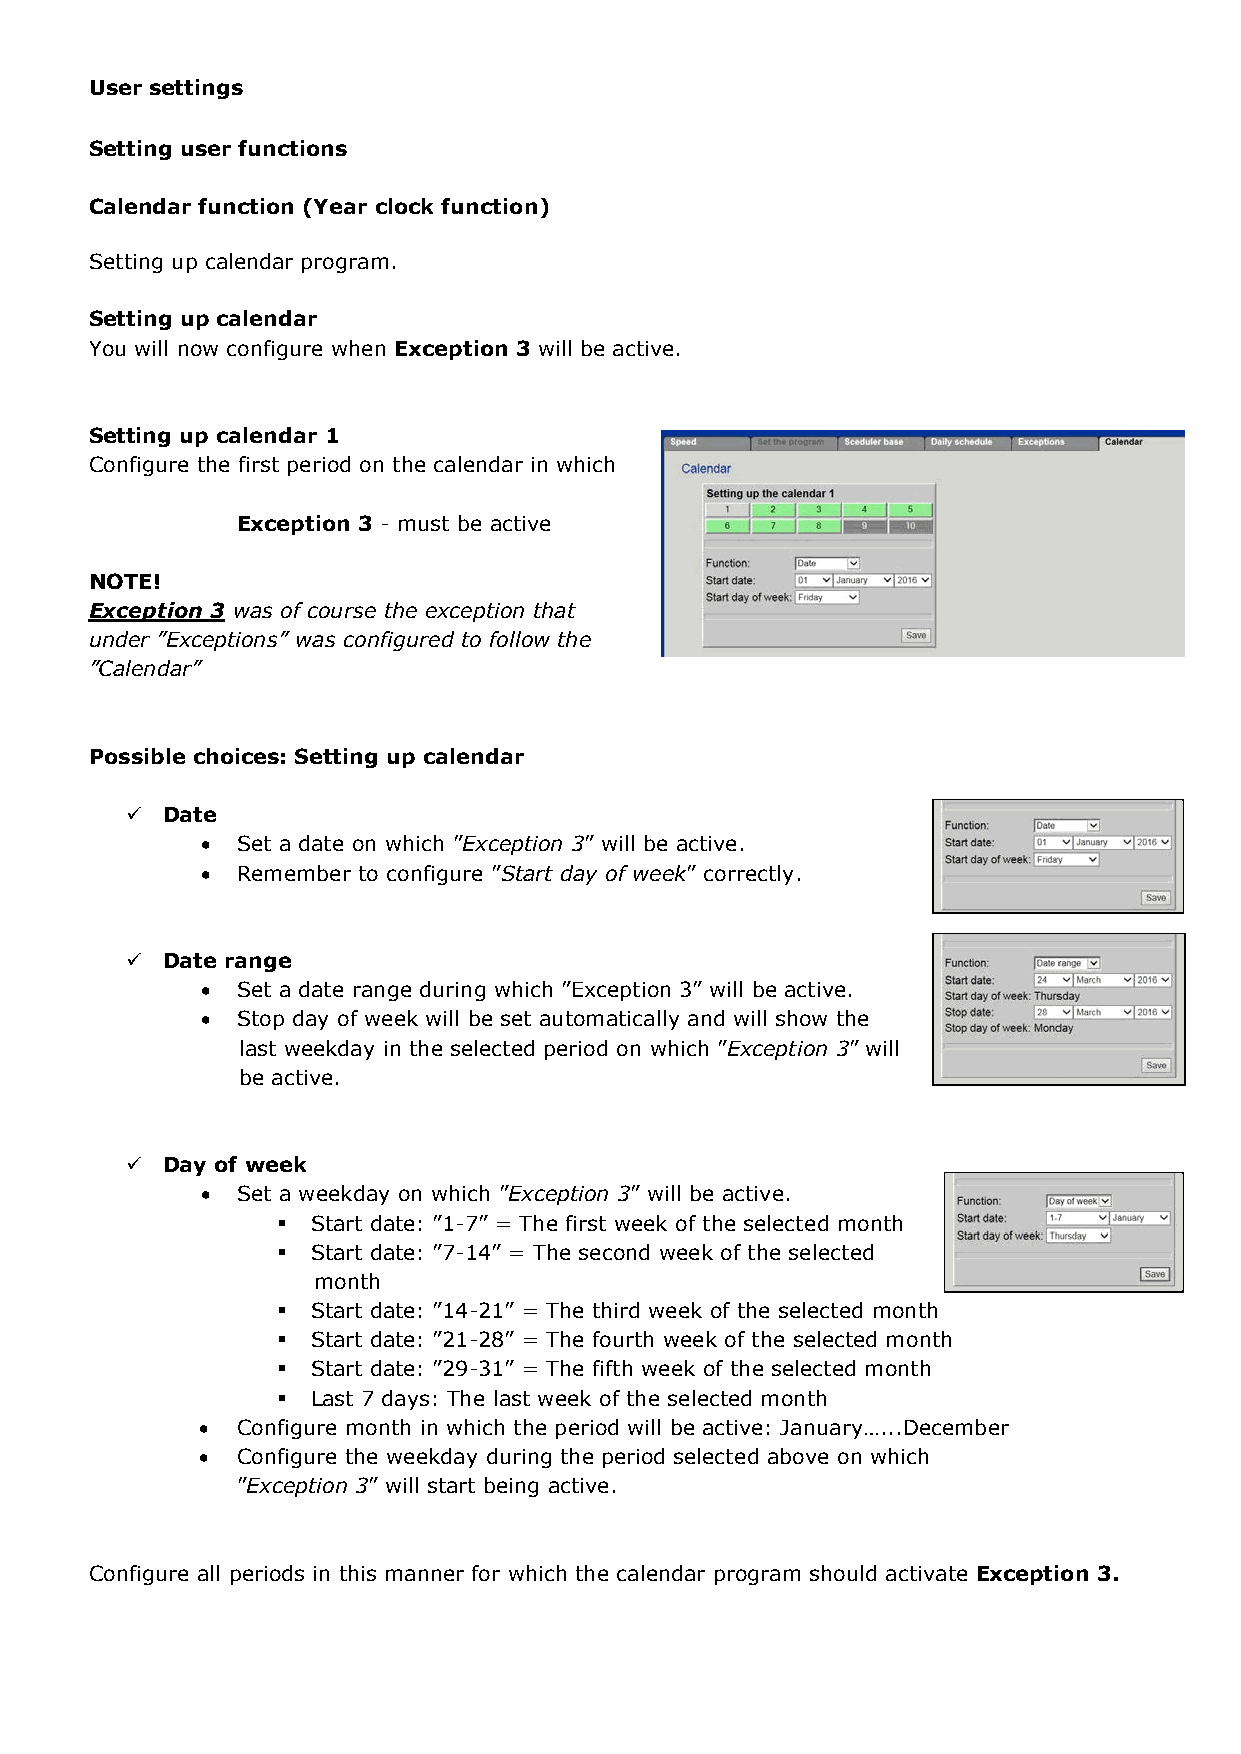
User settings
 User settings
 Setting user functions
 Setting user functions
 Calendar function (Year clock function)
 Calendar function (Year clock function)
 Setting up calendar program.
 Setting up calendar program.
 Setting exceptions
 Setting up calendar
 Precisely when the exceptions will be active will now be configured.
 You will now configure when Exception 3 will be active.
 Setting up calendar 1
 Exception 1
 Configure the first period on the calendar in which
 Must be active on the individual day of
 Exception 3 - must be active
 29 June 2016
 NOTE!
 Exception 3 was of course the exception that
 during the summer holidays when the system is to
 under ”Exceptions” was configured to follow the
 run at low speed from 8:00 am to 6:00 pm.
 ”Calendar”
 Possible choices: Setting up calendar
 Exception 2
   Date
 •  Set a date on which ”Exception 3” will be active.
 Must be active on the individual day of
 •  Remember to configure ”Start day of week” correctly.
 19 October 2016
   Date range
 during the autumn holidays when the system is to
 •  Set a date range during which ”Exception 3” will be active.
 run at medium speed from 8:00 am to 2:00 pm.
 •  Stop day of week will be set automatically and will show the
 last weekday in the selected period on which ”Exception 3” will
 be active.
 Exception 3
   Day of week
 •  Set a weekday on which ”Exception 3” will be active.
 Here, select ”Calendar” for the operation mode
   Start date: ”1-7” = The first week of the selected month
 that you will use on all days on which the system
   Start date: ”7-14” = The second week of the selected
 must be stopped.
 month
   Start date: ”14-21” = The third week of the selected month
   Start date: ”21-28” = The fourth week of the selected month
   Start date: ”29-31” = The fifth week of the selected month
 You have now configured when: ”Exception 1”, ”Exception 2” and ”Exception 3” will be active.
   Last 7 days: The last week of the selected month
 •  Configure month in which the period will be active: January…...December
 •  Configure the weekday during the period selected above on which
 On the next page, you will configure the ”Calendar” for Exception 3.
 ”Exception 3” will start being active.
 Configure all periods in this manner for which the calendar program should activate Exception 3.